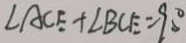
\angle A C E + \angle B C E = 9 0 ^ { \circ }